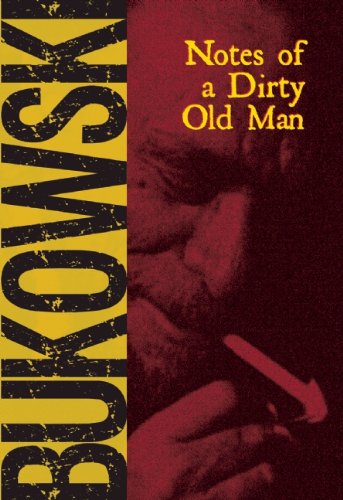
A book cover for Notes of a Dirty Old Man; Charles Bukowski; Literature & Fiction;